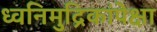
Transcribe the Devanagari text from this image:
ध्वनिमुद्रिकांपेक्षा